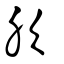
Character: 肷